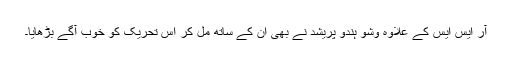
آر ایس ایس کے علاوہ وشو ہندو پریشد نے بھی ان کے ساتھ مل کر اس تحریک کو خوب آگے بڑھایا۔